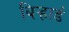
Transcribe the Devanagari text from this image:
बिऱ्हाडं